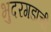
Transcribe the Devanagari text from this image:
भुदरगडाची